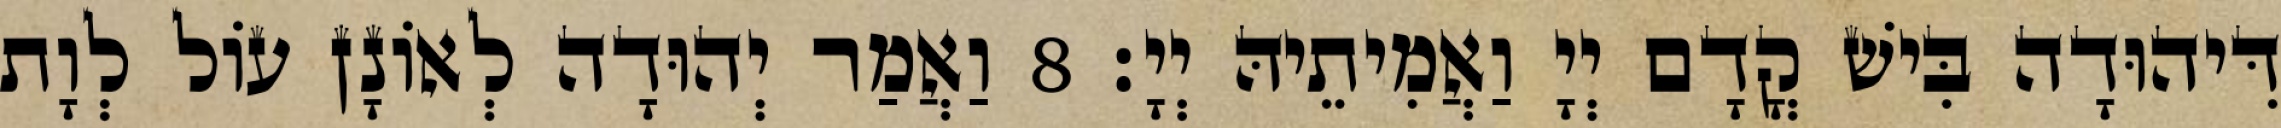
דִּיהוּדָה בִּישׁ קֳדָם יְיָ וַאֲמִיתֵיהּ יְיָ׃ 8 וַאֲמַר יְהוּדָה לְאוֹנָן עוֹל לְוָת